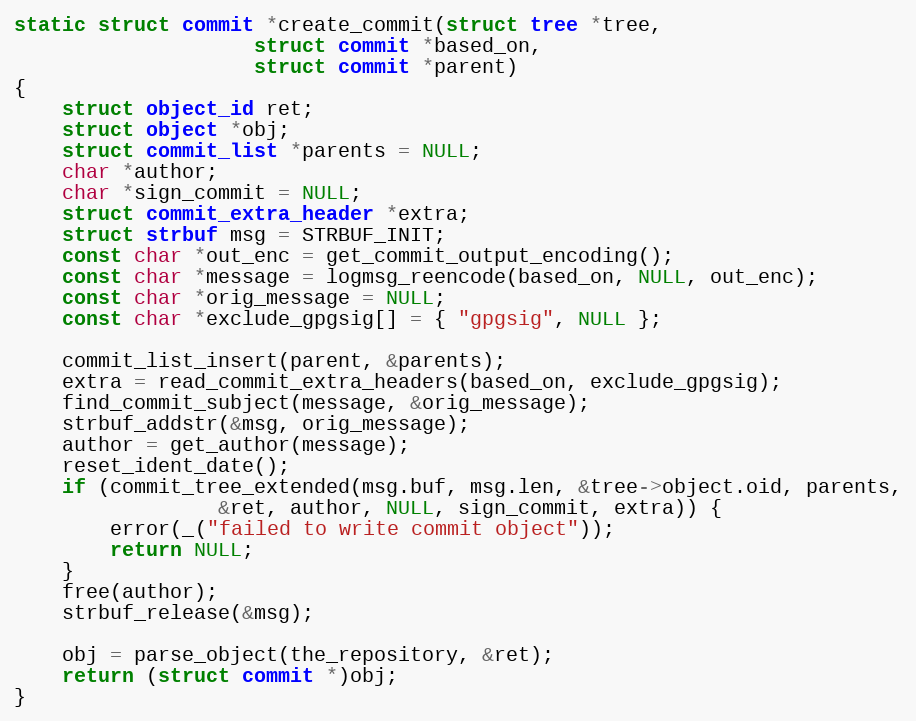
Language: C
static struct commit *create_commit(struct tree *tree,
				    struct commit *based_on,
				    struct commit *parent)
{
	struct object_id ret;
	struct object *obj;
	struct commit_list *parents = NULL;
	char *author;
	char *sign_commit = NULL;
	struct commit_extra_header *extra;
	struct strbuf msg = STRBUF_INIT;
	const char *out_enc = get_commit_output_encoding();
	const char *message = logmsg_reencode(based_on, NULL, out_enc);
	const char *orig_message = NULL;
	const char *exclude_gpgsig[] = { "gpgsig", NULL };

	commit_list_insert(parent, &parents);
	extra = read_commit_extra_headers(based_on, exclude_gpgsig);
	find_commit_subject(message, &orig_message);
	strbuf_addstr(&msg, orig_message);
	author = get_author(message);
	reset_ident_date();
	if (commit_tree_extended(msg.buf, msg.len, &tree->object.oid, parents,
				 &ret, author, NULL, sign_commit, extra)) {
		error(_("failed to write commit object"));
		return NULL;
	}
	free(author);
	strbuf_release(&msg);

	obj = parse_object(the_repository, &ret);
	return (struct commit *)obj;
}